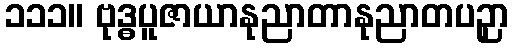
၁၁၁။ ဗုဒ္ဓပူဇာယာနုညာတာနုညာတပဉှာ